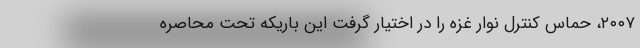
۲۰۰۷، حماس کنترل نوار غزه را در اختیار گرفت این باریکه تحت محاصره